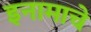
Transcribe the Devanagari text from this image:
इनामाचे